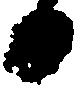
日